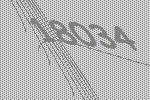
18034